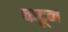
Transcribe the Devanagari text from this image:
कटून